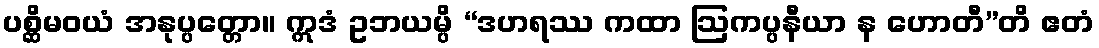
ပစ္ဆိမဝယံ အနုပ္ပတ္တော။ ဣဒံ ဥဘယမ္ပိ “ဒဟရဿ ကထာ ဩကပ္ပနီယာ န ဟောတီ”တိ ဧတံ